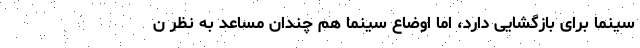
سینما برای بازگشایی دارد، اما اوضاع سینما هم چندان مساعد به نظر ن